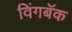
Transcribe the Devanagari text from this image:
विंगबॅक